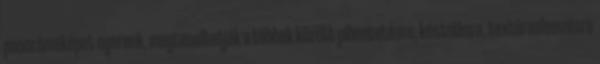
panorámaképet nyernek, megtanulhatják a többek között pihentetésre, kóstolásra, textúraelemzésre